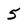
Character: 5